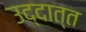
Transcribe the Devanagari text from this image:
उद्दात्त